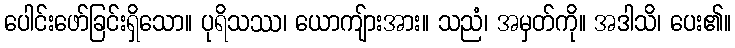
ပေါင်းဖော်ခြင်းရှိသော။ ပုရိသဿ၊ ယောကျ်ားအား။ သညံ၊ အမှတ်ကို။ အဒါသိ၊ ပေး၏။